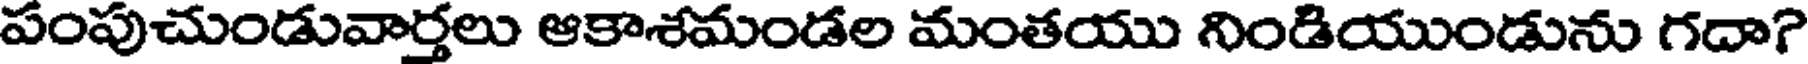
పంపుచుండువార్తలు ఆకాశమండల మంతయు నిండియుండును గదా?